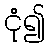
ငုံ၍